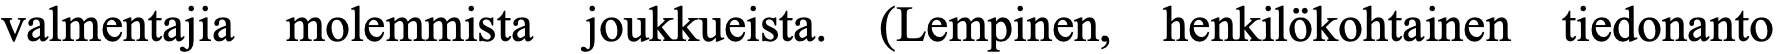
valmentajia molemmista joukkueista. (Lempinen, henkilökohtainen tiedonanto